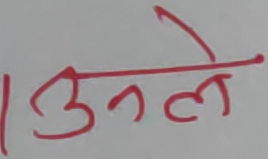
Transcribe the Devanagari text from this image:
उनले